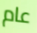
عام